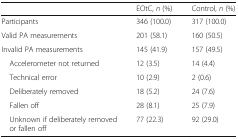
|  | EOtC, n (%) | Control, n (%) |
 | --- | --- | --- |
 | Participants | 346 (100.0) | 317 (100.0) |
 | Valid PA measurements | 201 (58.1) | 160 (50.5) |
 | Invalid PA measurements | 145 (41.9) | 157 (49.5) |
 | Accelerometer not returned | 12 (3.5) | 14 (4.4) |
 | Technical error | 10 (2.9) | 2 (0.6) |
 | Deliberately removed | 18 (5.2) | 24 (7.6) |
 | Fallen off | 28 (8.1) | 25 (7.9) |
 | Unknown if deliberately removed or fallen off | 77 (22.3) | 92 (29.0) |